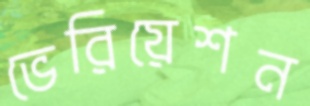
ভেরিয়েশন